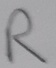
Text: R